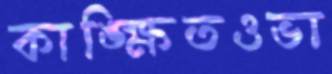
কাঙ্ক্ষিতওভা